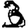
Digit: 3